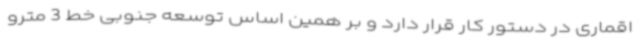
اقماری در دستور کار قرار دارد و بر همین اساس توسعه جنوبی خط 3 مترو